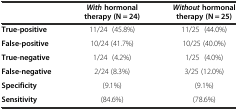
<table><thead><tr><td></td><td><b><i>With</i>hormonal therapy (N = 24)</b></td><td><b><i>Without</i>hormonal therapy (N = 25)</b></td></tr></thead><tbody><tr><td><b>True-positive</b></td><td>11/24 (45.8%)</td><td>11/25 (44.0%)</td></tr><tr><td><b>False-positive</b></td><td>10/24 (41.7%)</td><td>10/25 (40.0%)</td></tr><tr><td><b>True-negative</b></td><td>1/24 (4.2%)</td><td>1/25 (4.0%)</td></tr><tr><td><b>False-negative</b></td><td>2/24 (8.3%)</td><td>3/25 (12.0%)</td></tr><tr><td><b>Specificity</b></td><td>(9.1%)</td><td>(9.1%)</td></tr><tr><td><b>Sensitivity</b></td><td>(84.6%)</td><td>(78.6%)</td></tr></tbody></table>